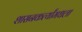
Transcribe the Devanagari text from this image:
शासनकर्त्यांमधला